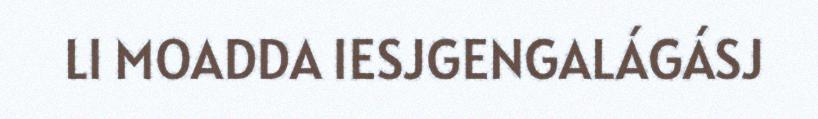
LI MOADDA IESJGENGALÁGÁSJ